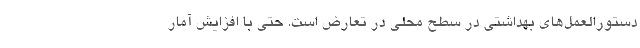
دستورالعمل‌های بهداشتی در سطح محلی در تعارض است. حتی با افزایش آمار